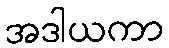
အဒါယကာ